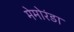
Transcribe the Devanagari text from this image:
मेमोरंडा